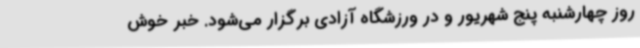
روز چهارشنبه پنج شهریور و در ورزشگاه آزادی برگزار می‌شود. خبر خوش